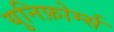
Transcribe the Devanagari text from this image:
युनिफ़ोर्म्स